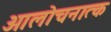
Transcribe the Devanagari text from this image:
आलोचनात्‍क